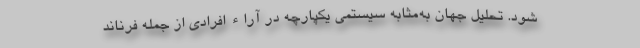
شود. تحلیل جهان به‌مثابه سیستمی یکپارچه در آراء افرادی از جمله فرناند